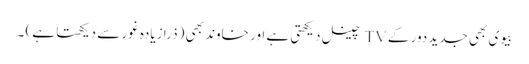
بیوی بھی جدید دور کے TV چینل دیکھتی ہے اور خاوند بھی (ذرا زیادہ غور سے دیکھتا ہے) ۔